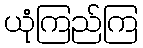
ယုံကြည်ကြ